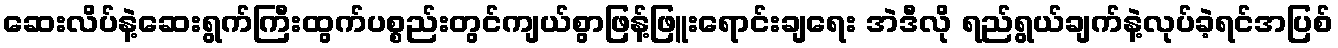
ဆေးလိပ်နဲ့ဆေးရွက်ကြီးထွက်ပစ္စည်းတွင်ကျယ်စွာဖြန့်ဖြူးရောင်းချရေး အဲဒီလို ရည်ရွယ်ချက်နဲ့လုပ်ခဲ့ရင်အပြစ်